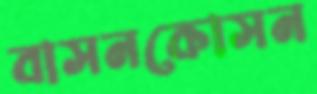
বাসনকোসন